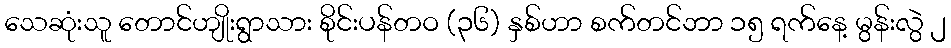
သေဆုံးသူ တောင်ဟျိုးရွာသား စိုင်းပန်တဝ (၃၆) နှစ်ဟာ စက်တင်ဘာ ၁၅ ရက်နေ့ မွန်းလွဲ ၂